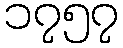
၁၇၅၇